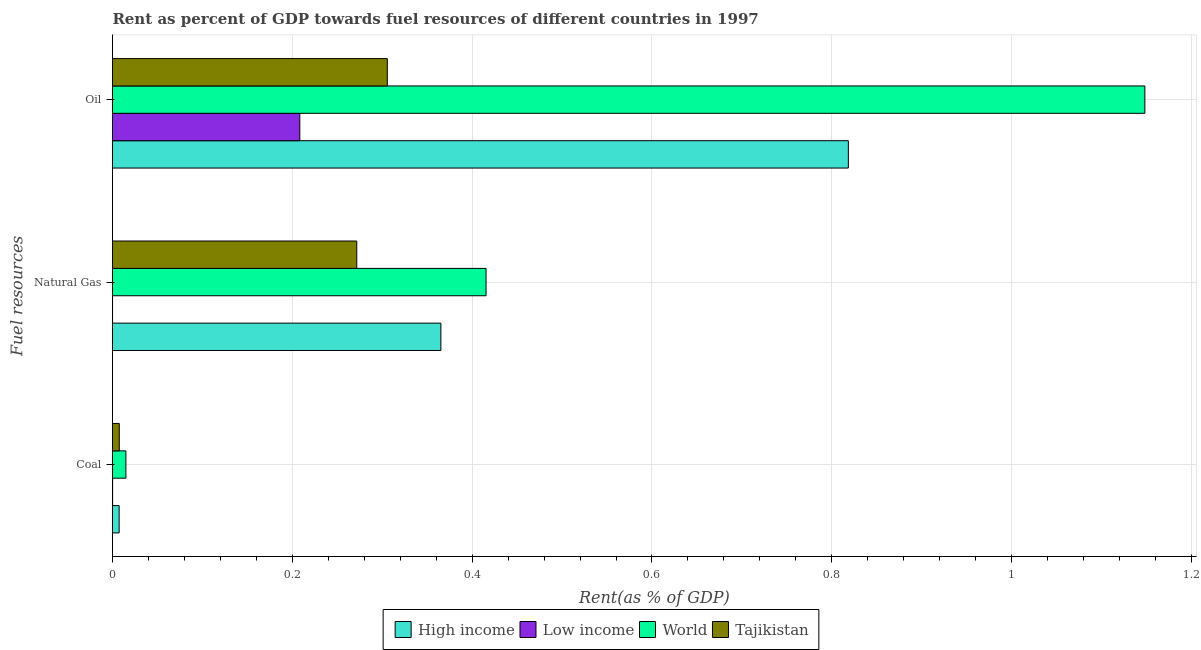
| Fuel resources | High income | Low income | World | Tajikistan |
 | --- | --- | --- | --- | --- |
 | Coal | 0.00738 | 0.000124 | 0.0149 | 0.00755 |
 | Natural Gas | 0.365 | 3.84e-05 | 0.415 | 0.272 |
 | Oil | 0.818 | 0.208 | 1.15 | 0.306 |